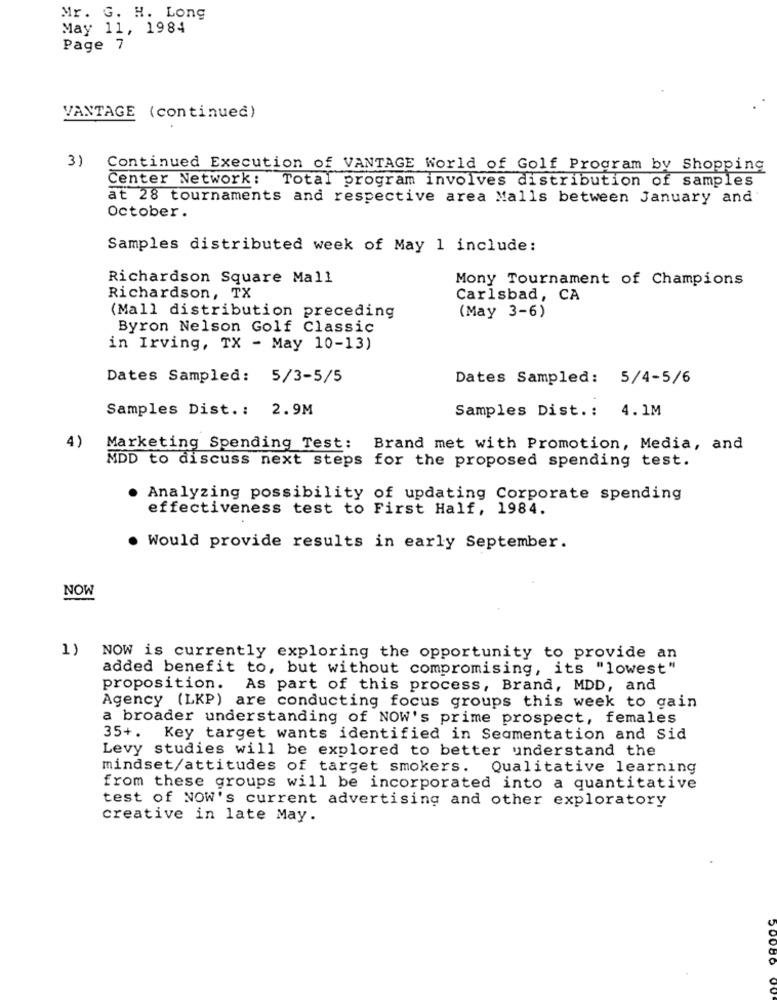
Mr. G. H. Long
May 11, 1984
Page 7
VANTAGE (continued)
3)
Continued Execution of VANTAGE World of Golf Program by Shopping
Center Network: Total program involves distribution of samples
at 28 tournaments and respective area Malls between January and
October.
Samples distributed week of May 1 include:
Richardson Square Mall
Mony Tournament of Champions
Richardson, TX
Carlsbad, CA
(May 3-6)
(Mall distribution preceding
Byron Nelson Golf Classic
in Irving, TX - May 10-13)
Dates Sampled: 5/3-5/5
Dates Sampled: 5/4-5/6
Samples Dist .: 2.9M
Samples Dist .: 4.1M
4)
Marketing Spending Test: Brand met with Promotion, Media, and
MDD to discuss next steps for the proposed spending test.
Analyzing possibility of updating Corporate spending
effectiveness test to First Half, 1984.
. Would provide results in early September.
NOW
1) NOW is currently exploring the opportunity to provide an
added benefit to, but without compromising, its "lowest"
proposition. As part of this process, Brand, MDD, and
Agency (LKP) are conducting focus groups this week to gain
a broader understanding of NOW's prime prospect, females
35+. Key target wants identified in Segmentation and Sid
Levy studies will be explored to better understand the
mindset/attitudes of target smokers. Qualitative learning
from these groups will be incorporated into a quantitative
test of NOW's current advertising and other exploratory
creative in late May.